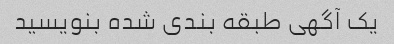
یک آگهی طبقه بندی شده بنویسید